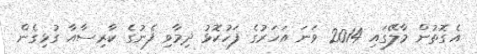
އެގޮތުން މާލޭގައި 2014 ވަނަ އަހަރުގެ ފަހުކޮޅު ދިމާވި ފެނުގެ ކާރިސާއާ ގުޅިގެން